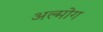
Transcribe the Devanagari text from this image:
अल्मोग